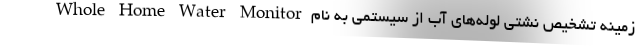
زمینه تشخیص نشتی لوله‌های آب از سیستمی به نام Whole Home Water Monitor